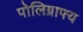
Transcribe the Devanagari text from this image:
पोलिग्राफ्य